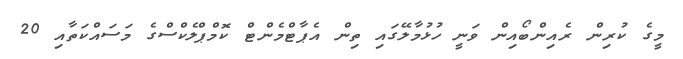
މީގެ ކުރިން ރެއިންބޯއިން ވަނީ ހުޅުމާލޭގައި ތިން އެޕާޓްމެންޓް ކޮމްޕްލެކްސްގެ މަސައްކަތާއި 20